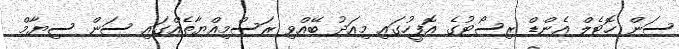
ސަން ހޮޓެލް އެންޑް ރިސޯޓުގެ އޮފީހުގައި މިއަދު ބޭއްވި ރަސްމިއްޔާތެއްގައި ސަން ސިޔާމް